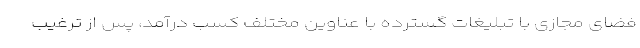
فضای مجازی با تبلیغات گسترده با عناوین مختلف کسب درآمد، پس از ترغیب